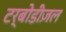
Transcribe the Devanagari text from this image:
टर्बोडीज़ल